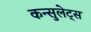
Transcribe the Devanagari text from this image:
कन्सुलेट्स